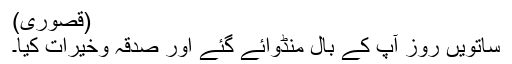
(قصوری)
ساتویں روز آپ کے بال منڈوائے گئے اور صدقہ وخیرات کیا۔